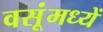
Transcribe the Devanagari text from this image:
वसूंमध्यें